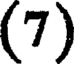
(7)